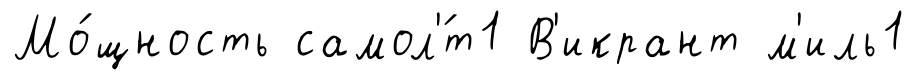
Мо́щность самол'́т1 В'икрант м'иль1